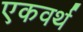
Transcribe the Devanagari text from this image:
एकवर्थ